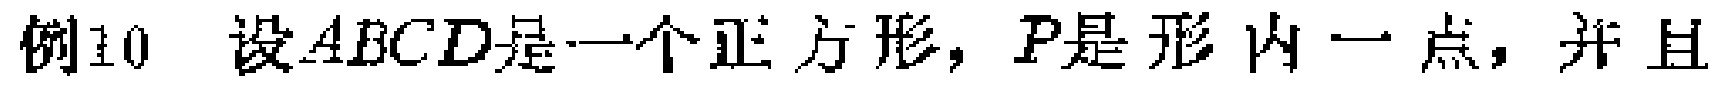
例10 设$ABCD$是一个正方形，$P$是形内一点，并且